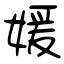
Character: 媛